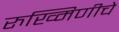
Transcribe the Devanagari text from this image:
रुख्मिणीचे